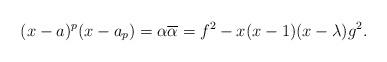
LaTeX: \begin{align*}(x-a)^p(x-a_p)=\alpha\overline{\alpha}=f^2-x(x-1)(x-\lambda)g^2.\end{align*}